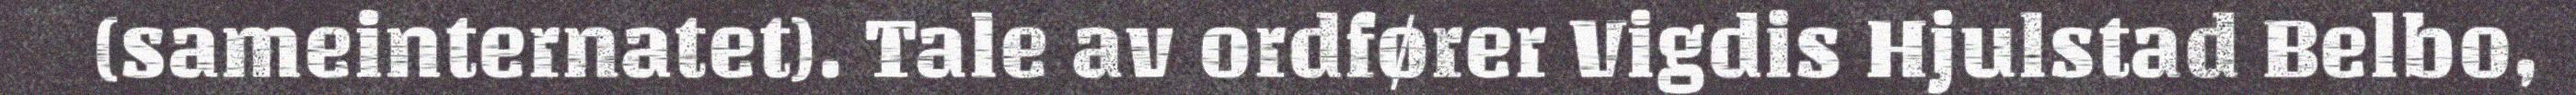
(sameinternatet). Tale av ordfører Vigdis Hjulstad Belbo,